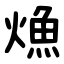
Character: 龽